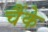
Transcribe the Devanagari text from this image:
चैंके